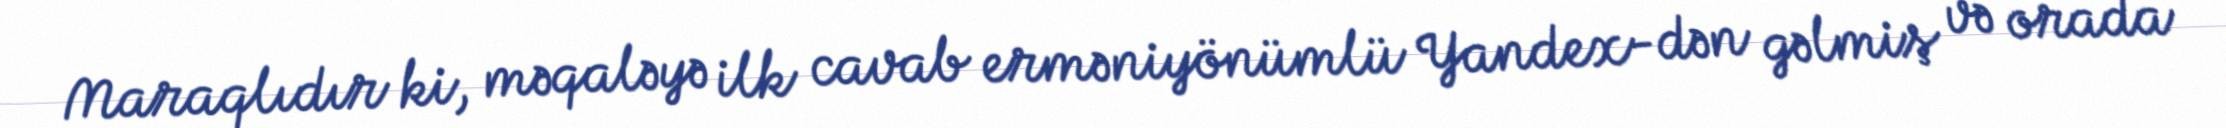
Maraqlıdır ki, məqaləyə ilk cavab erməniyönümlü Yandex-dən gəlmiş və orada